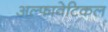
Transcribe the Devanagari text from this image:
अल्फावेटिकल